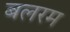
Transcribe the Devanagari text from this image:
बलरम